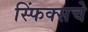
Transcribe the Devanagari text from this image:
स्फिंक्सचे